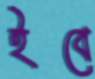
ইবে